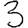
Digit: 3